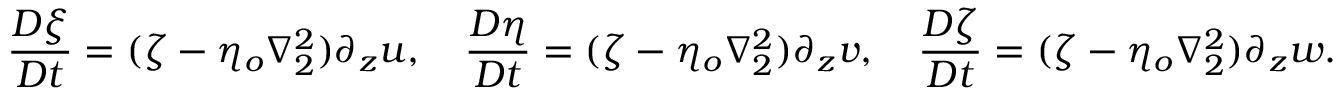
\frac { D \xi } { D t } = ( \zeta - \eta _ { o } \nabla _ { 2 } ^ { 2 } ) \partial _ { z } u , \quad \frac { D \eta } { D t } = ( \zeta - \eta _ { o } \nabla _ { 2 } ^ { 2 } ) \partial _ { z } v , \quad \frac { D \zeta } { D t } = ( \zeta - \eta _ { o } \nabla _ { 2 } ^ { 2 } ) \partial _ { z } w .